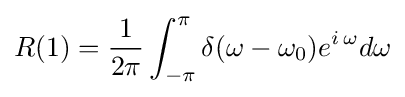
R(1)={\frac {1}{2\pi }}\int _{-\pi }^{\pi }\delta (\omega -\omega _{0})e^{i\,\omega }d\omega